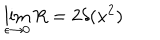
\lim _ { \epsilon \to 0 } R = 2 \delta ( x ^ { 2 } )